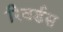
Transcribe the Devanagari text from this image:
रिवर्डस